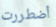
أضطررت